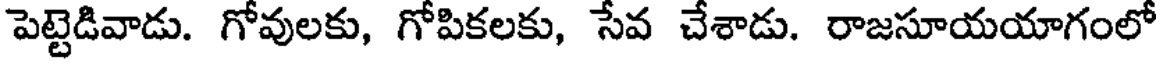
పెట్టెడివాడు. గోవులకు, గోపికలకు, సేవ చేశాడు. రాజసూయయాగంలో